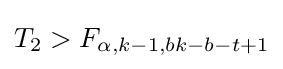
T_{2}>F_{\alpha ,k-1,bk-b-t+1}